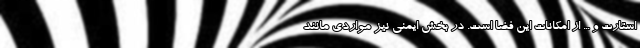
استارت و ... از امکانات این فضا است. در بخش ایمنی نیز مواردی مانند